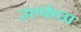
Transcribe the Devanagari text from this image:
उल्केचा